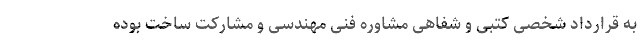
به قرارداد شخصی کتبی و شفاهی مشاوره فنی مهندسی و مشارکت ساخت بوده